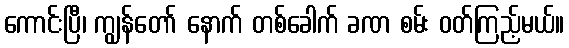
ကောင်းပြီ၊ ကျွန်တော် နောက် တစ်ခေါက် ခဏ စမ်း ဝတ်ကြည့်မယ်။